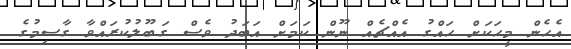
އެހެން މީހަކަށް ހައްގު އެއްޗެއް ނޫން ކަމަށް އަބަދު ވެސް ގަބޫލުކުރައްވާ ގާސިމުގެ